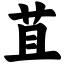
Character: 苴